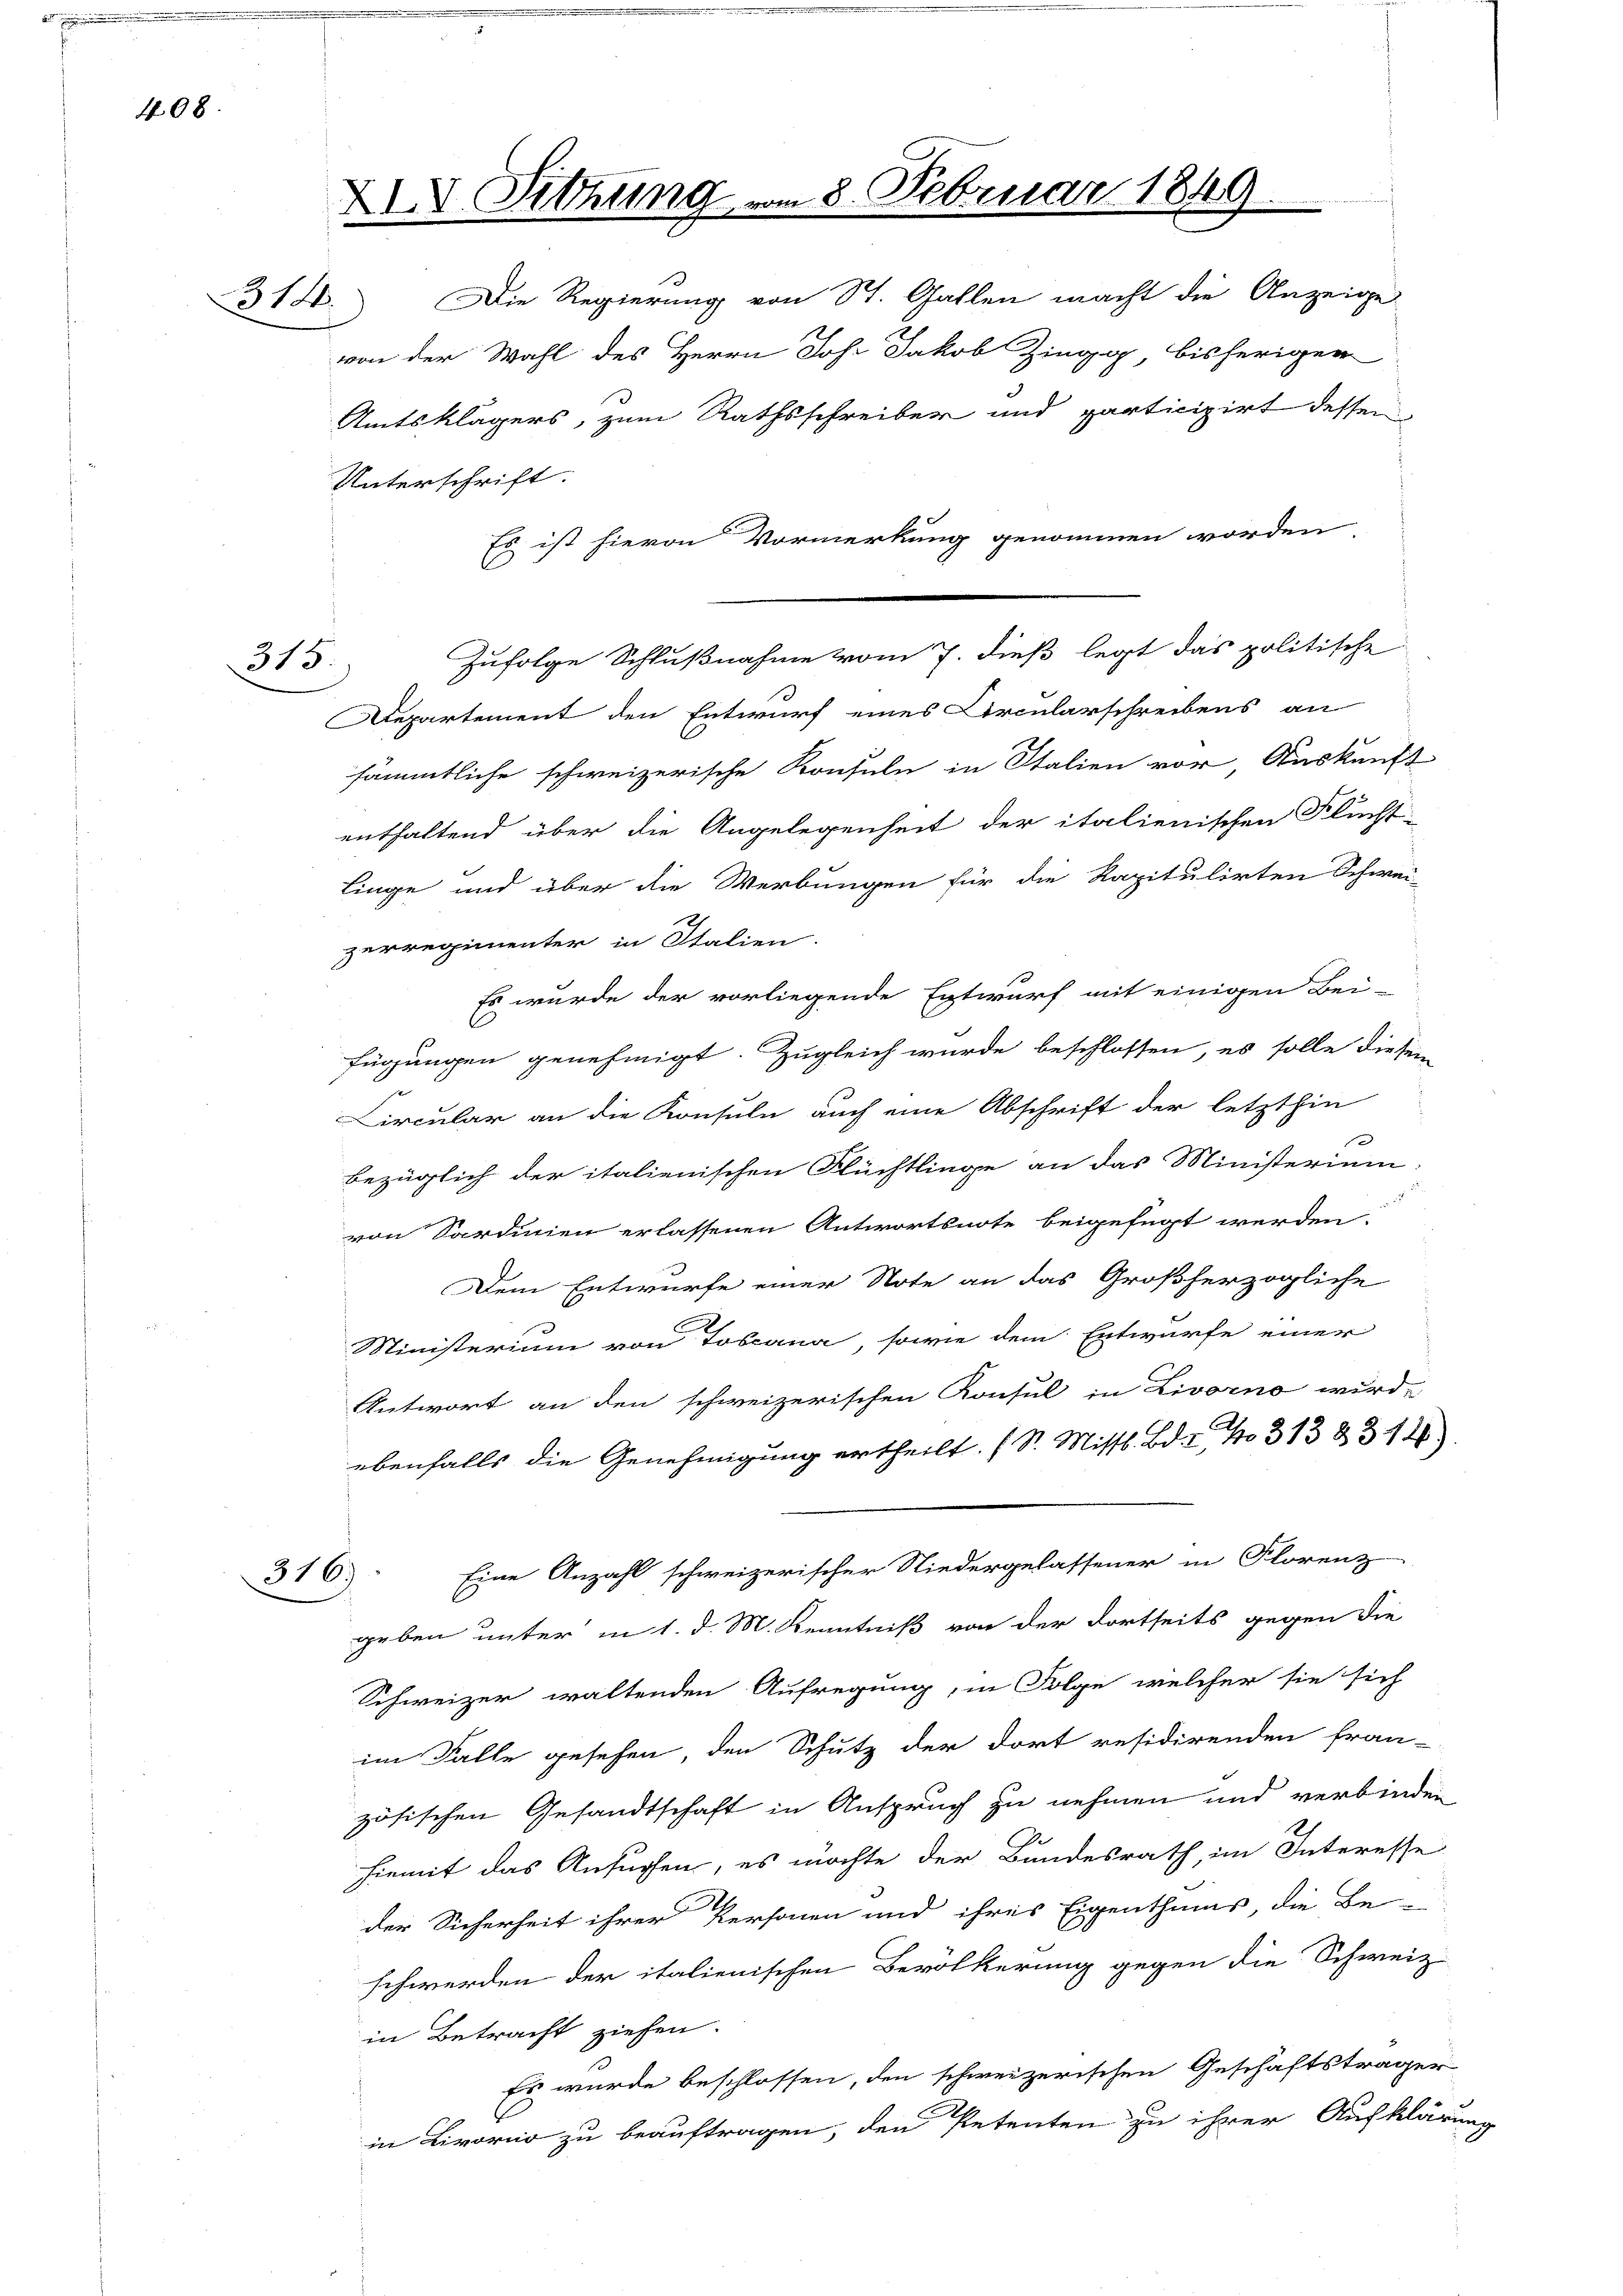
408.

315.

XIV. Sitzung am 8. Februar 1849
31. Die Regierung von St. Gallen macht die Anzeige

Zufolge Schlußnahme vom 7. dieß legt das politische

von der Wahl des Herrn Joh. Jakob Zingg bisherigen
Amtsklägers, zum Rathsschreiber und participirt dessen
Unterschrift:
Es ist hievon Vormerkung genommen worden
Departement den Entwurf eines Arcularschreibens an
sämmtliche schweizerische Konsuln in Italien vor, Auskunft
enthaltend über die Angelegenheit der italienischen Flucht-
linge und über die Werbungen für die Kapitulirten Schwei
zerregimenter in Italien.
Es wurde der vorliegende Entwurf mit einigen Bei-
fügungen genehmigt. Zugleich wurde beschlossen, es solle diesem
Circular an die Konsuln auch eine Abschrift der letzthin
bezüglich der italienischen Flüchtlinge an das Ministerium
von Sardinien erlassenen Antwortsnote beigefügt werden
Dem Entwurfe einer Note an das Großherzogliche
Ministerium von Toscana, sowie dem Entwurfe einer
Antwort an den schweizerischen Konsul in Livorno wird,
ebenfalls die Genehmigung ertheilt. (S. Missl. Bd. I, No 313 & 3110
Eine Anzahl schweizerischer Niedergelassener in Florenz
316)
geben unter in 1. d. M. Kenntniß von der dortseits gegen die
Schweizer waltenden Aufregung, in Folge, welcher sie sich
im Falle gesehen, den Schutz der dort residirenden fran-
zösischen Gesandtschaft in Anspruch zu nehmen und verbinden
G
hiemit das Ansuchen, es möchte der Bundesrath, im Interesse
der Sicherheit ihrer Personen und ihres Eigenthums, die Be-
schwerden der italienischen Bevölkerung gegen die Schweiz-
in Betracht ziehen.
Es wurde beschlossen, den schweizerischen Geschäftsträger
in Livorno zu beauftragen, den Petenten zu ihrer Aufklärung